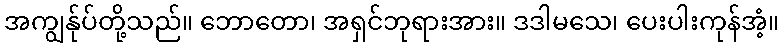
အကျွန်ုပ်တို့သည်။ ဘောတော၊ အရှင်ဘုရားအား။ ဒဒါမသေ၊ ပေးပါးကုန်အံ့။